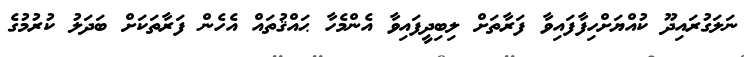
ނަލަގުރައިދޫ ކުއްޔަށްހިފާފައިވާ ފަރާތަށް ލިބިދީފައިވާ އެންމެހާ ޙައްޤުތައް އެހެން ފަރާތަކަށް ބަދަލު ކުރުމުގެ